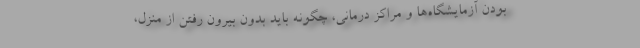
بودن آزمایشگاه‌ها و مراکز درمانی، چگونه باید بدون بیرون رفتن از منزل،